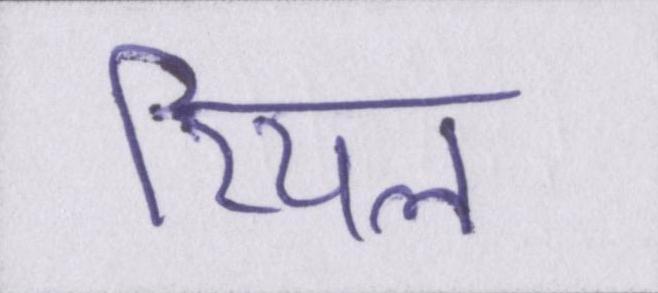
रियल